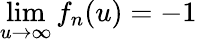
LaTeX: \operatorname*{lim}_{u\rightarrow\infty}f_{n}(u)=-1